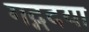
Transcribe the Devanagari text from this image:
गद्गदया